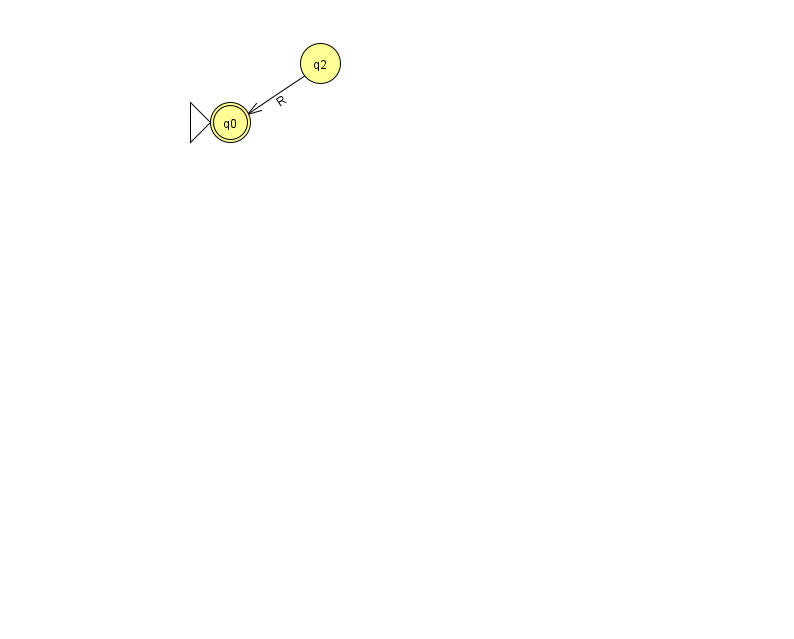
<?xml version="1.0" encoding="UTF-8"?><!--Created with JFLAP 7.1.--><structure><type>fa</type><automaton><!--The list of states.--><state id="0" name="q0"><x>230.0</x><y>109.0</y><initial/><final/></state><state id="2" name="q2"><x>320.0</x><y>50.0</y></state><!--The list of transitions.--><transition><from>2</from><to>0</to><read>R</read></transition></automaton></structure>